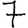
Digit: 7